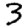
Digit: 3